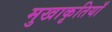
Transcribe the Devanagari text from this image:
मुखाकृतियाँ